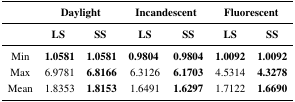
<table><thead><tr><td rowspan="2"></td><td colspan="2"><b>Daylight</b></td><td colspan="2"><b>Incandescent</b></td><td colspan="2"><b>Fluorescent</b></td></tr><tr><td></td><td><b>LS</b></td><td><b>SS</b></td><td><b>LS</b></td><td><b>SS</b></td><td><b>LS</b></td><td><b>SS</b></td></tr></thead><tbody><tr><td>Min</td><td><b>1.0581</b></td><td><b>1.0581</b></td><td><b>0.9804</b></td><td><b>0.9804</b></td><td><b>1.0092</b></td><td><b>1.0092</b></td></tr><tr><td>Max</td><td>6.9781</td><td><b>6.8166</b></td><td>6.3126</td><td><b>6.1703</b></td><td>4.5314</td><td><b>4.3278</b></td></tr><tr><td>Mean</td><td>1.8353</td><td><b>1.8153</b></td><td>1.6491</td><td><b>1.6297</b></td><td>1.7122</td><td><b>1.6690</b></td></tr></tbody></table>